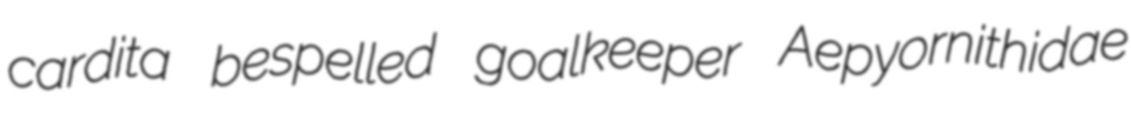
cardita bespelled goalkeeper Aepyornithidae